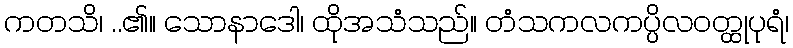
ကတသိ၊ ..၏။ သောနာဒေါ၊ ထိုအသံသည်။ တံသကလကပ္ပိလဝတ္ထုပုရံ၊